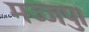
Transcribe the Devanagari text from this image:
मज्जपु।